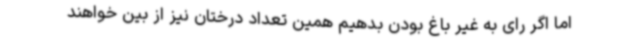
اما اگر رای به غیر باغ بودن بدهیم همین تعداد درختان نیز از بین خواهند